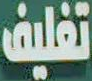
تغليف